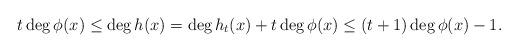
LaTeX: \begin{align*}t\deg\phi(x) \leq \deg h(x) = \deg h_t(x) + t\deg \phi(x) \leq (t+1)\deg\phi(x)-1.\end{align*}